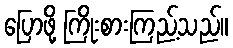
ပြောဖို့ ကြိုးစားကြည့်သည်။